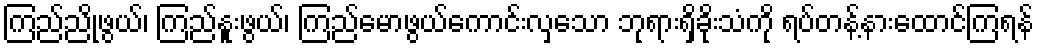
ကြည်ညိုဖွယ်၊ ကြည်နူးဖွယ်၊ ကြည်မောဖွယ်ကောင်းလှသော ဘုရားရှိခိုးသံကို ရပ်တန့်နားထောင်ကြရန်